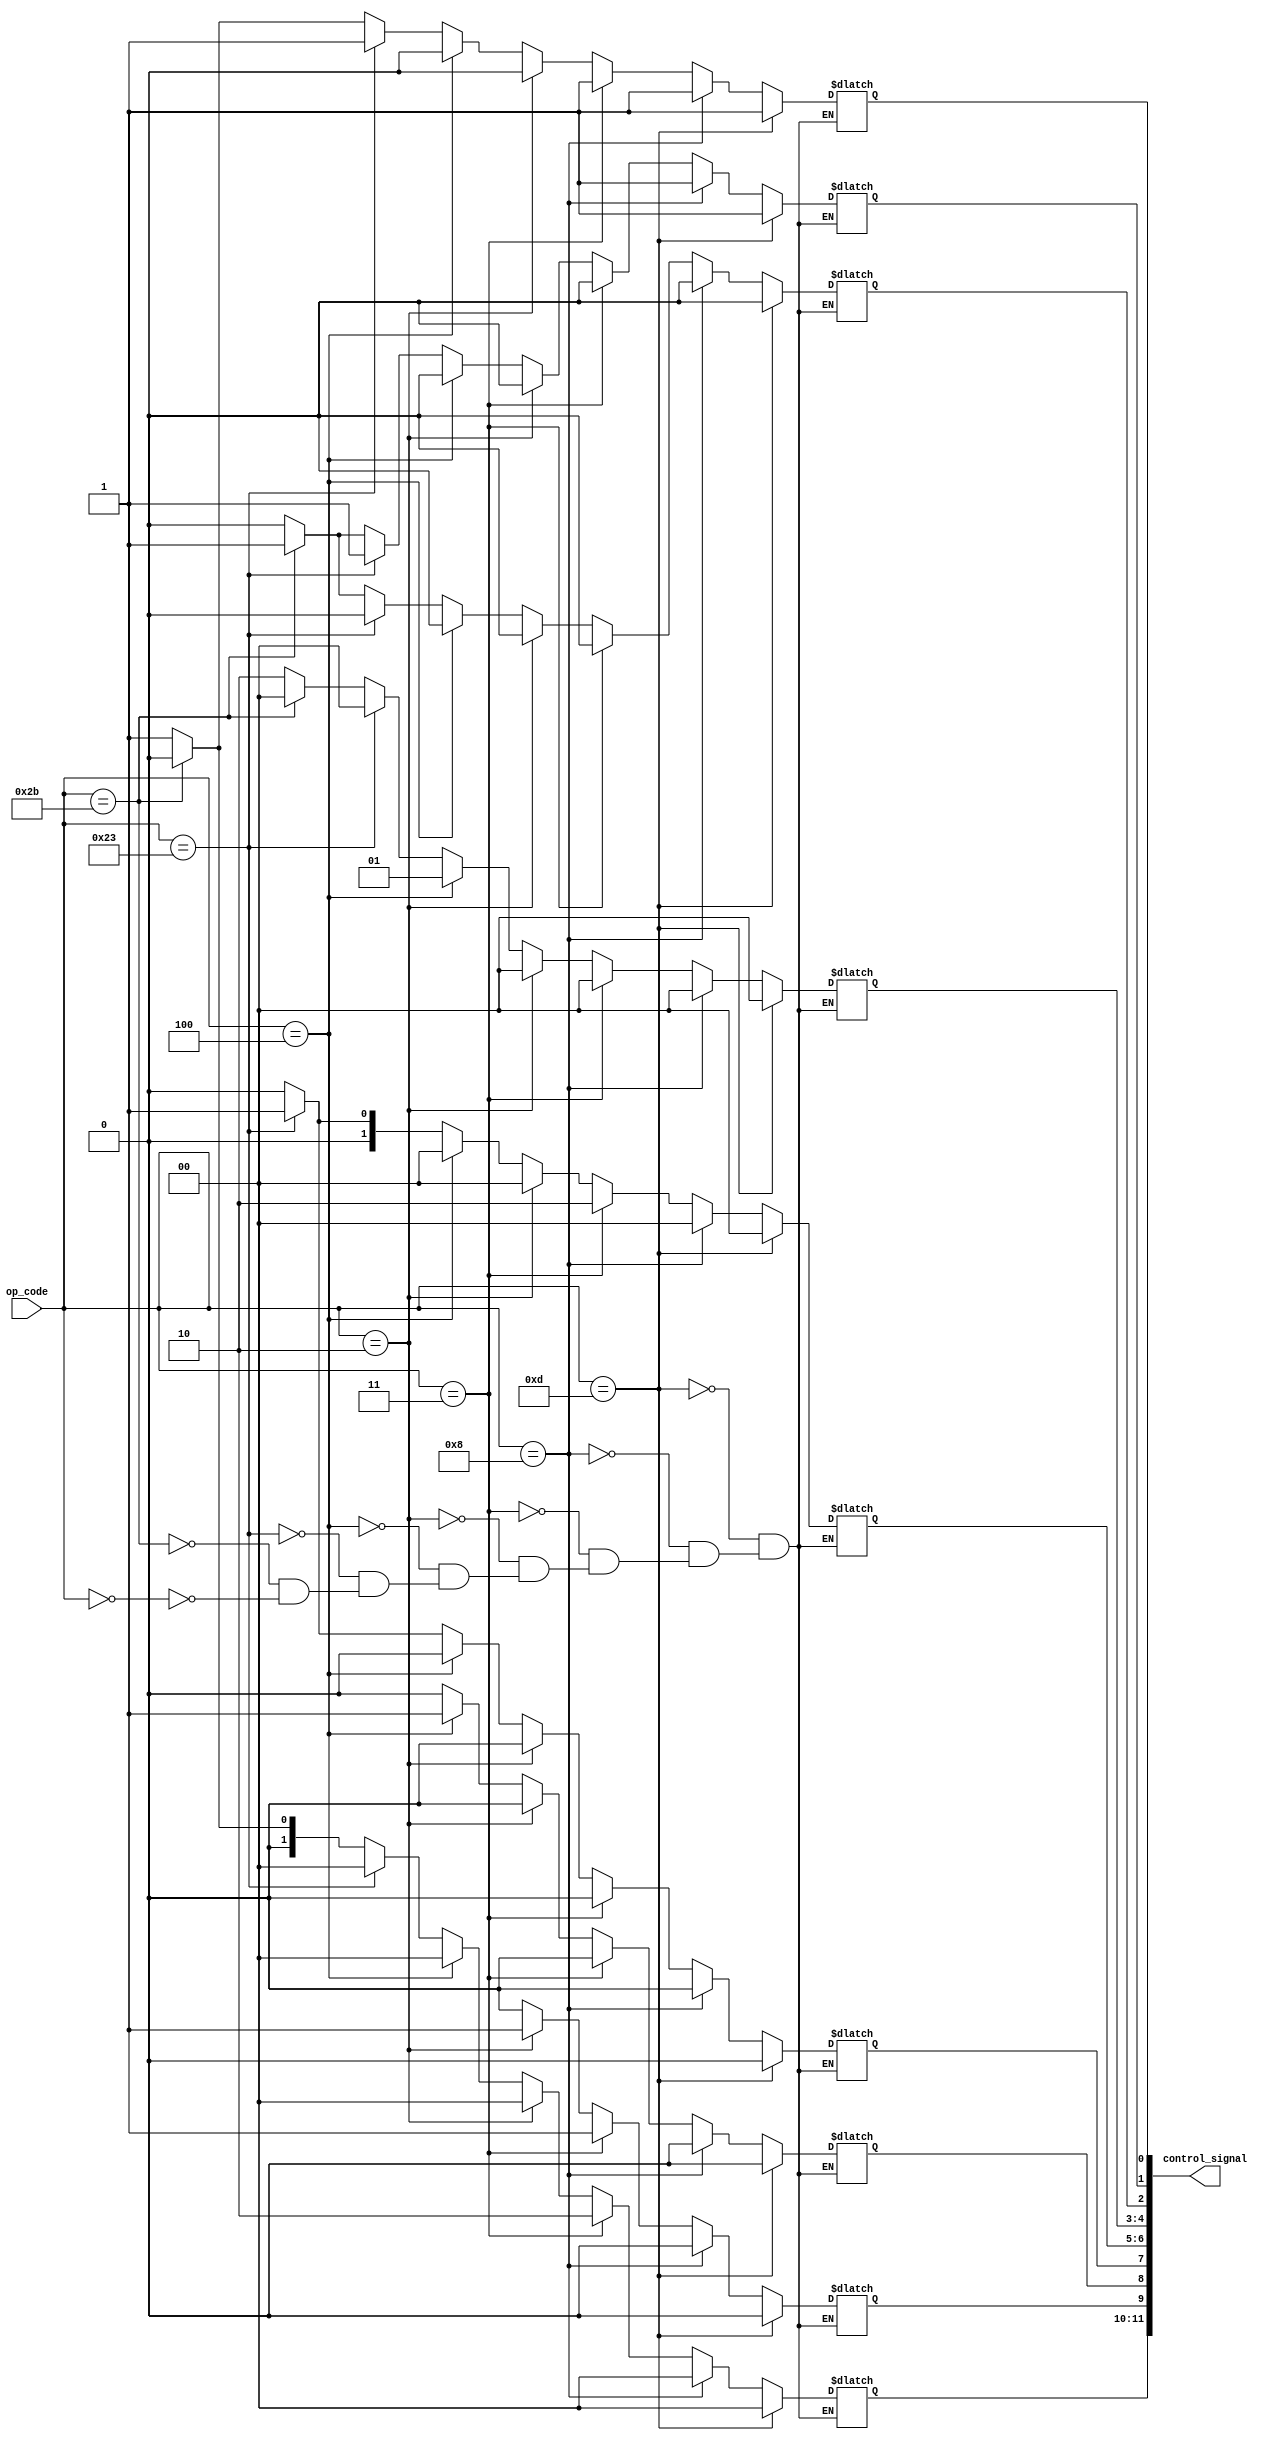
module control_unit( op_code,control_signal);
input [5:0] op_code; //instruction 
output [11:0] control_signal;// reguired control signal for each operation
reg  [1:0]regdst; 
reg jump;
reg branch;
reg memread;
reg [1:0]memtoreg;
reg [1:0]aluop;
reg memwrite;
reg alusrc;
reg regwrite;
assign control_signal={regdst,jump,branch,memread,memtoreg,aluop,memwrite,alusrc,regwrite};
/**************always block********************/
always @(*)
begin
/***********R functions*******************/
 if(op_code==6'b000000)
    begin
	regdst=2'b01;
   jump=0;
	branch=0;
	memread=0;
	memtoreg=2'b00;
	aluop=2'b10;
	memwrite=0;
	alusrc=0;
	regwrite=1;
    end
/**********************SW function************/
 if(op_code==6'b101011)
    begin
	 regdst=2'b00;
   jump=0;
	branch=0;
	memread=0;
	memtoreg=2'b00;
	aluop=2'b00;
	memwrite=1;
	alusrc=1;
	regwrite=0;
	 end
 /*************lw function*****************/
 if(op_code==6'b100011)
    begin
	regdst=2'b00;
   jump=0;
	branch=0;
	memread=1;
	memtoreg=2'b01;
	aluop=2'b00;
	memwrite=0;
	alusrc=1;
	regwrite=1;
	 end
/***********beq function******************/
  if(op_code==6'b000100)
     begin
   regdst=2'b00;
   jump=0;
	branch=1;
	memread=0;
	memtoreg=2'b00;
	aluop=2'b01;
	memwrite=0;
	alusrc=0;
	regwrite=0;
	  end
/***************jump************/
  if(op_code==6'b000010)
     begin
	regdst=2'b00;
   jump=1;
	branch=0;
	memread=0;  
	memtoreg=2'b00;
	aluop=2'b00;
	memwrite=0;
	alusrc=0;
	regwrite=0;
	  end
/************JAL************/
 if(op_code==6'b000011)
    begin
	regdst=2'b10; // this is $31 of Sra in which the next address will be put
   jump=1;
	branch=0;
	memread=0;  
	memtoreg=2'b10;
	aluop=2'b00;
	memwrite=0;
	alusrc=0;
	regwrite=1;
	 end
/**************addi*****************/
  if(op_code==6'b01000)
  begin
  regdst=2'b00;
   jump=0;
	branch=0;
	memread=0;  
	memtoreg=2'b00;
	aluop=2'b00;
	memwrite=0;
	alusrc=1;
	regwrite=1;
  end
  /*****************ori********************/
  if(op_code==6'b001101)
  begin
  regdst=2'b00;
   jump=0;
	branch=0;
	memread=0;  
	memtoreg=2'b00;
	aluop=2'b00;
	memwrite=0;
	alusrc=1;
	regwrite=1;
  end
  
end

endmodule